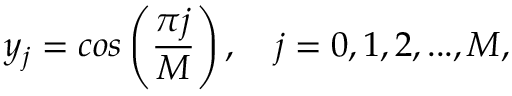
y _ { j } = c o s \left( \frac { \pi j } { M } \right) , \quad j = 0 , 1 , 2 , . . . , M ,